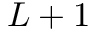
L + 1